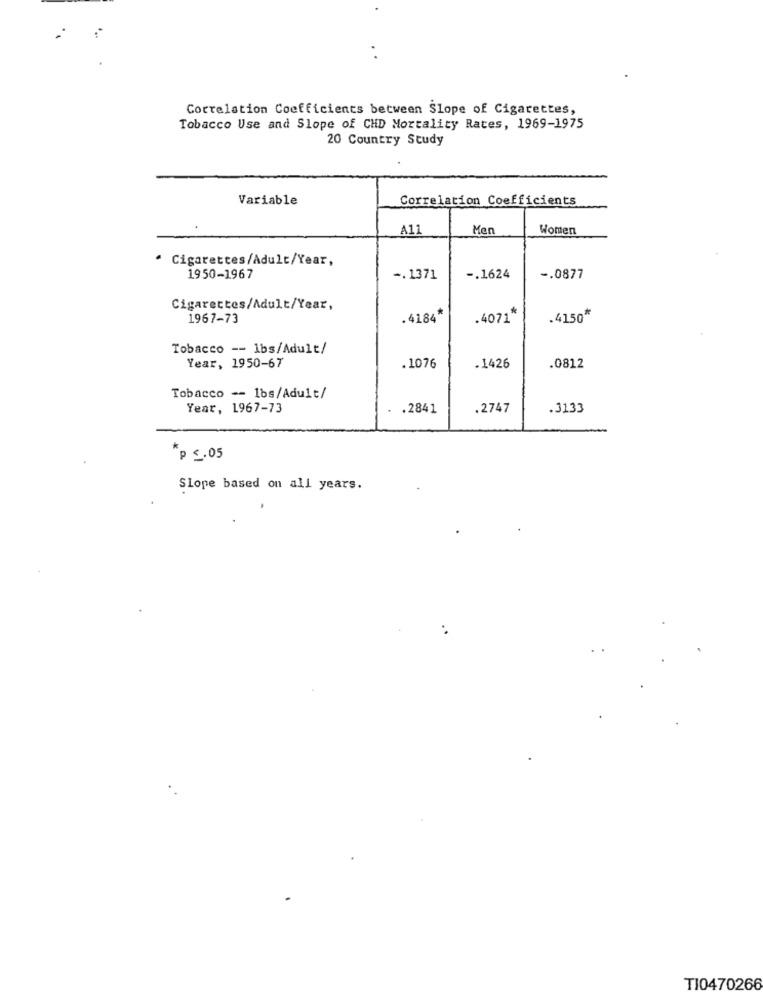
Correlation Coefficients between Slope of Cigarettes,
Tobacco Use and Slope of CHD Mortality Rates, 1969-1975
20 Country Study
Variable
Correlation Coefficients
A11
Men
Women
· Cigarettes/Adult/Year,
1950-1967
-. 1371
-. 1624
-. 0877
Cigarettes/Adult/Year,
1967-73
.4184*
.4071*
.4150"
Tobacco -- 1bs/Adult/
Year, 1950-67
.1076
.1426
.0812
Tobacco -- 1bs/Adult/
Year, 1967-73
.2841
.2747
.3133
*p ≤.05
Slope based on all years.
TI0470266